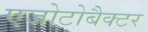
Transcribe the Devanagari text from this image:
एजोटोबैक्टर